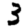
Digit: 3